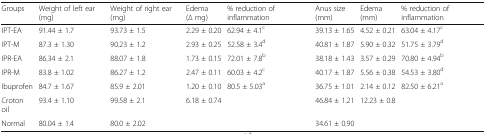
<table><thead><tr><td><b>Groups</b></td><td><b>Weight of left ear (mg)</b></td><td><b>Weight of right ear (mg)</b></td><td><b>Edema(∆ mg)</b></td><td><b>% reduction of inflammation</b></td><td><b>Anus size(mm)</b></td><td><b>Edema(mm)</b></td><td><b>% reduction of inflammation</b></td></tr></thead><tbody><tr><td>IPT-EA</td><td>91.44 ± 1.7</td><td>93.73 ± 1.5</td><td>2.29 ± 0.20</td><td>62.94 ± 4.1<sup>c</sup></td><td>39.13 ± 1.65</td><td>4.52 ± 0.21</td><td>63.04 ± 4.17<sup>c</sup></td></tr><tr><td>IPT-M</td><td>87.3 ± 1.30</td><td>90.23 ± 1.2</td><td>2.93 ± 0.25</td><td>52.58 ± 3.4<sup>d</sup></td><td>40.81 ± 1.87</td><td>5.90 ± 0.32</td><td>51.75 ± 3.79<sup>d</sup></td></tr><tr><td>IPR-EA</td><td>86.34 ± 2.1</td><td>88.07 ± 1.8</td><td>1.73 ± 0.15</td><td>72.01 ± 7.8<sup>b</sup></td><td>38.18 ± 1.43</td><td>3.57 ± 0.29</td><td>70.80 ± 4.94<sup>b</sup></td></tr><tr><td>IPR-M</td><td>83.8 ± 1.02</td><td>86.27 ± 1.2</td><td>2.47 ± 0.11</td><td>60.03 ± 4.2<sup>c</sup></td><td>40.17 ± 1.87</td><td>5.56 ± 0.38</td><td>54.53 ± 3.80<sup>d</sup></td></tr><tr><td>Ibuprofen</td><td>84.7 ± 1.67</td><td>85.9 ± 2.01</td><td>1.20 ± 0.10</td><td>80.5 ± 5.03<sup>a</sup></td><td>36.75 ± 1.01</td><td>2.14 ± 0.12</td><td>82.50 ± 6.21<sup>a</sup></td></tr><tr><td>Croton oil</td><td>93.4 ± 1.10</td><td>99.58 ± 2.1</td><td>6.18 ± 0.74</td><td></td><td>46.84 ± 1.21</td><td>12.23 ± 0.8</td><td></td></tr><tr><td>Normal</td><td>80.04 ± 1.4</td><td>80.0 ± 2.02</td><td></td><td></td><td>34.61 ± 0.90</td><td></td><td></td></tr></tbody></table>